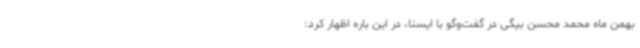
بهمن ماه محمد محسن بیگی در گفت‌وگو با ایسنا، در این باره اظهار کرد: